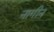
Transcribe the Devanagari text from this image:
नागीन